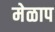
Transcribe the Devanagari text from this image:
मेळाप